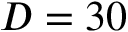
D = 3 0